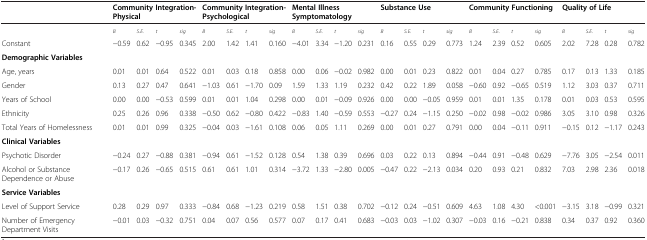
<table><thead><tr><td><b> </b></td><td colspan="4"><b>Community Integration-Physical</b></td><td colspan="4"><b>Community Integration-Psychological</b></td><td colspan="4"><b>Mental Illness Symptomatology</b></td><td colspan="4"><b>Substance Use</b></td><td colspan="4"><b>Community Functioning</b></td><td colspan="4"><b>Quality of Life</b></td></tr></thead><tbody><tr><td> </td><td><sub><i>B</i></sub></td><td><sub><i>S.E.</i></sub></td><td><sub><i>t</i></sub></td><td><sub><i>sig</i></sub></td><td><sub><i>B</i></sub></td><td><sub><i>S.E.</i></sub></td><td><sub><i>t</i></sub></td><td><sub><i>sig</i></sub></td><td><sub><i>B</i></sub></td><td><sub><i>S.E.</i></sub></td><td><sub><i>t</i></sub></td><td><sub><i>sig</i></sub></td><td><sub><i>B</i></sub></td><td><sub><i>S.E.</i></sub></td><td><sub><i>t</i></sub></td><td><sub><i>sig</i></sub></td><td><sub><i>B</i></sub></td><td><sub><i>S.E.</i></sub></td><td><sub><i>t</i></sub></td><td><sub><i>sig</i></sub></td><td><sub><i>B</i></sub></td><td><sub><i>S.E.</i></sub></td><td><sub><i>t</i></sub></td><td><sub><i>sig</i></sub></td></tr><tr><td>Constant</td><td>−0.59</td><td>0.62</td><td>−0.95</td><td>0.345</td><td>2.00</td><td>1.42</td><td>1.41</td><td>0.160</td><td>−4.01</td><td>3.34</td><td>−1.20</td><td>0.231</td><td>0.16</td><td>0.55</td><td>0.29</td><td>0.773</td><td>1.24</td><td>2.39</td><td>0.52</td><td>0.605</td><td>2.02</td><td>7.28</td><td>0.28</td><td>0.782</td></tr><tr><td><b>Demographic Variables</b></td><td> </td><td> </td><td> </td><td> </td><td> </td><td> </td><td> </td><td> </td><td> </td><td> </td><td> </td><td> </td><td> </td><td> </td><td> </td><td> </td><td> </td><td> </td><td> </td><td> </td><td> </td><td> </td><td> </td><td> </td></tr><tr><td>Age, years</td><td>0.01</td><td>0.01</td><td>0.64</td><td>0.522</td><td>0.01</td><td>0.03</td><td>0.18</td><td>0.858</td><td>0.00</td><td>0.06</td><td>−0.02</td><td>0.982</td><td>0.00</td><td>0.01</td><td>0.23</td><td>0.822</td><td>0.01</td><td>0.04</td><td>0.27</td><td>0.785</td><td>0.17</td><td>0.13</td><td>1.33</td><td>0.185</td></tr><tr><td>Gender</td><td>0.13</td><td>0.27</td><td>0.47</td><td>0.641</td><td>−1.03</td><td>0.61</td><td>−1.70</td><td>0.09</td><td>1.59</td><td>1.33</td><td>1.19</td><td>0.232</td><td>0.42</td><td>0.22</td><td>1.89</td><td>0.058</td><td>−0.60</td><td>0.92</td><td>−0.65</td><td>0.519</td><td>1.12</td><td>3.03</td><td>0.37</td><td>0.711</td></tr><tr><td>Years of School</td><td>0.00</td><td>0.00</td><td>−0.53</td><td>0.599</td><td>0.01</td><td>0.01</td><td>1.04</td><td>0.298</td><td>0.00</td><td>0.01</td><td>−0.09</td><td>0.926</td><td>0.00</td><td>0.00</td><td>−0.05</td><td>0.959</td><td>0.01</td><td>0.01</td><td>1.35</td><td>0.178</td><td>0.01</td><td>0.03</td><td>0.53</td><td>0.595</td></tr><tr><td>Ethnicity</td><td>0.25</td><td>0.26</td><td>0.96</td><td>0.338</td><td>−0.50</td><td>0.62</td><td>−0.80</td><td>0.422</td><td>−0.83</td><td>1.40</td><td>−0.59</td><td>0.553</td><td>−0.27</td><td>0.24</td><td>−1.15</td><td>0.250</td><td>−0.02</td><td>0.98</td><td>−0.02</td><td>0.986</td><td>3.05</td><td>3.10</td><td>0.98</td><td>0.326</td></tr><tr><td>Total Years of Homelessness</td><td>0.01</td><td>0.01</td><td>0.99</td><td>0.325</td><td>−0.04</td><td>0.03</td><td>−1.61</td><td>0.108</td><td>0.06</td><td>0.05</td><td>1.11</td><td>0.269</td><td>0.00</td><td>0.01</td><td>0.27</td><td>0.791</td><td>0.00</td><td>0.04</td><td>−0.11</td><td>0.911</td><td>−0.15</td><td>0.12</td><td>−1.17</td><td>0.243</td></tr><tr><td><b>Clinical Variables</b></td><td> </td><td> </td><td> </td><td> </td><td> </td><td> </td><td> </td><td> </td><td> </td><td> </td><td> </td><td> </td><td> </td><td> </td><td> </td><td> </td><td> </td><td> </td><td> </td><td> </td><td> </td><td> </td><td> </td><td> </td></tr><tr><td>Psychotic Disorder</td><td>−0.24</td><td>0.27</td><td>−0.88</td><td>0.381</td><td>−0.94</td><td>0.61</td><td>−1.52</td><td>0.128</td><td>0.54</td><td>1.38</td><td>0.39</td><td>0.696</td><td>0.03</td><td>0.22</td><td>0.13</td><td>0.894</td><td>−0.44</td><td>0.91</td><td>−0.48</td><td>0.629</td><td>−7.76</td><td>3.05</td><td>−2.54</td><td>0.011</td></tr><tr><td>Alcohol or Substance Dependence or Abuse</td><td>−0.17</td><td>0.26</td><td>−0.65</td><td>0.515</td><td>0.61</td><td>0.61</td><td>1.01</td><td>0.314</td><td>−3.72</td><td>1.33</td><td>−2.80</td><td>0.005</td><td>−0.47</td><td>0.22</td><td>−2.13</td><td>0.034</td><td>0.20</td><td>0.93</td><td>0.21</td><td>0.832</td><td>7.03</td><td>2.98</td><td>2.36</td><td>0.018</td></tr><tr><td><b>Service Variables</b></td><td> </td><td> </td><td> </td><td> </td><td> </td><td> </td><td> </td><td> </td><td> </td><td> </td><td> </td><td> </td><td> </td><td> </td><td> </td><td> </td><td> </td><td> </td><td> </td><td> </td><td> </td><td> </td><td> </td><td> </td></tr><tr><td>Level of Support Service</td><td>0.28</td><td>0.29</td><td>0.97</td><td>0.333</td><td>−0.84</td><td>0.68</td><td>−1.23</td><td>0.219</td><td>0.58</td><td>1.51</td><td>0.38</td><td>0.702</td><td>−0.12</td><td>0.24</td><td>−0.51</td><td>0.609</td><td>4.63</td><td>1.08</td><td>4.30</td><td>&lt;0.001</td><td>−3.15</td><td>3.18</td><td>−0.99</td><td>0.321</td></tr><tr><td>Number of Emergency Department Visits</td><td>−0.01</td><td>0.03</td><td>−0.32</td><td>0.751</td><td>0.04</td><td>0.07</td><td>0.56</td><td>0.577</td><td>0.07</td><td>0.17</td><td>0.41</td><td>0.683</td><td>−0.03</td><td>0.03</td><td>−1.02</td><td>0.307</td><td>−0.03</td><td>0.16</td><td>−0.21</td><td>0.838</td><td>0.34</td><td>0.37</td><td>0.92</td><td>0.360</td></tr></tbody></table>